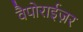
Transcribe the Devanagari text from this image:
वैपोराईज़र